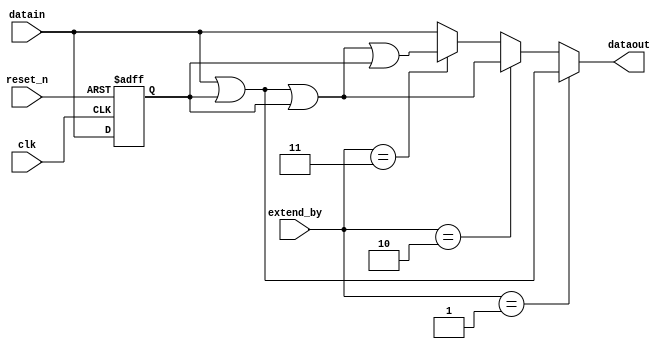
module pcie_hip_avmm_mem_if_ddr3_emif_0_p0_fr_cycle_extender(
	clk,
	reset_n,
	extend_by,
	datain,
	dataout
);

// ******************************************************************************************************************************** 
// BEGIN PARAMETER SECTION
// All parameters default to "" will have their values passed in from higher level wrapper with the controller and driver 

parameter DATA_WIDTH = ""; 
parameter REG_POST_RESET_HIGH = "false";

localparam RATE_MULT = 4;
localparam REG_STAGES = 1;
localparam FULL_DATA_WIDTH = DATA_WIDTH*RATE_MULT;

// END PARAMETER SECTION
// ******************************************************************************************************************************** 

input	clk;
input	reset_n;
input	[1:0] extend_by; 
input	[FULL_DATA_WIDTH-1:0] datain;
output	[FULL_DATA_WIDTH-1:0] dataout;


reg [FULL_DATA_WIDTH-1:0] datain_r [REG_STAGES-1:0] /* synthesis dont_merge */;

generate
	genvar stage;
	for (stage = 0; stage < REG_STAGES; stage = stage + 1)
	begin : stage_gen
		always @(posedge clk or negedge reset_n)
		begin
			if (~reset_n) 
				if (REG_POST_RESET_HIGH == "true") 
					datain_r[stage] <= {FULL_DATA_WIDTH{1'b1}};
				else
					datain_r[stage] <= {FULL_DATA_WIDTH{1'b0}};
			else 
				datain_r[stage] <= (stage == 0) ? datain : datain_r[stage-1];
		end
	end
endgenerate


	
wire [DATA_WIDTH-1:0] datain_t0 = datain[(DATA_WIDTH*1)-1:(DATA_WIDTH*0)];
wire [DATA_WIDTH-1:0] datain_t1 = datain[(DATA_WIDTH*2)-1:(DATA_WIDTH*1)];
wire [DATA_WIDTH-1:0] datain_t2 = datain[(DATA_WIDTH*3)-1:(DATA_WIDTH*2)];
wire [DATA_WIDTH-1:0] datain_t3 = datain[(DATA_WIDTH*4)-1:(DATA_WIDTH*3)];

wire [DATA_WIDTH-1:0] datain_r_t1 = datain_r[0][(DATA_WIDTH*2)-1:(DATA_WIDTH*1)];
wire [DATA_WIDTH-1:0] datain_r_t2 = datain_r[0][(DATA_WIDTH*3)-1:(DATA_WIDTH*2)];
wire [DATA_WIDTH-1:0] datain_r_t3 = datain_r[0][(DATA_WIDTH*4)-1:(DATA_WIDTH*3)];

assign dataout = (extend_by == 2'b01) ? {datain_t3 | datain_t2, 
                                         datain_t2 | datain_t1, 
										 datain_t1 | datain_t0, 
										 datain_t0 | datain_r_t3} : (
                 (extend_by == 2'b10) ? {datain_t3 | datain_t2   | datain_t1, 
				                         datain_t2 | datain_t1   | datain_t0,
										 datain_t1 | datain_t0   | datain_r_t3,
										 datain_t0 | datain_r_t3 | datain_r_t2} : (
                 (extend_by == 2'b11) ? {datain_t3 | datain_t2   | datain_t1   | datain_t0, 
				                         datain_t2 | datain_t1   | datain_t0   | datain_r_t3,
										 datain_t1 | datain_t0   | datain_r_t3 | datain_r_t2,
										 datain_t0 | datain_r_t3 | datain_r_t2 | datain_r_t1} : (
                                        {datain_t3, datain_t2, datain_t1, datain_t0} )));

endmodule